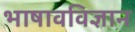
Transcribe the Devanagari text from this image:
भाषावविज्ञान